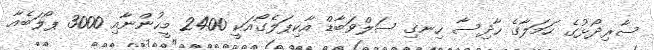
ސާރިދޯޅުގެ ހަމަލާގެ ހާދިސާ ހިނގި ސަލްވަބާޑް އާކިޕަލެގޯއަކީ 2400 މީހުންނާއި 3000 ޕޯލަބެއާ